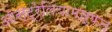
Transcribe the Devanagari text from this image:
ऑस्ट्रेलियामार्फत